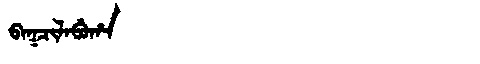
Manchu: ᠪᠠᡴᠴᡳᠯᠠᠪᡠᡥᠠ
Romanization: BAKCILABUHA